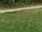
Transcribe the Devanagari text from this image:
पुक्कस